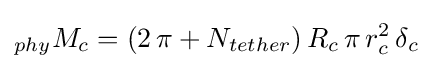
_{phy}M_{c}=(2\,\pi +N_{tether})\,R_{c}\,\pi \,r_{c}^{2}\,\delta _{c}